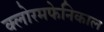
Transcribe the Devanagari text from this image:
क्लोरमफेनिकाल